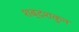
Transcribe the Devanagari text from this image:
शब्दशकुन